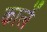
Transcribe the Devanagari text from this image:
कार्ले